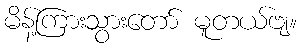
မိန့်ကြားသွားတော် မူတယ်ဗျ။